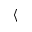
\langle